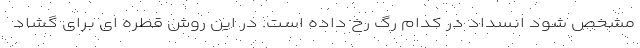
مشخص شود انسداد در کدام رگ رخ داده است. در این روش قطره ای برای گشاد